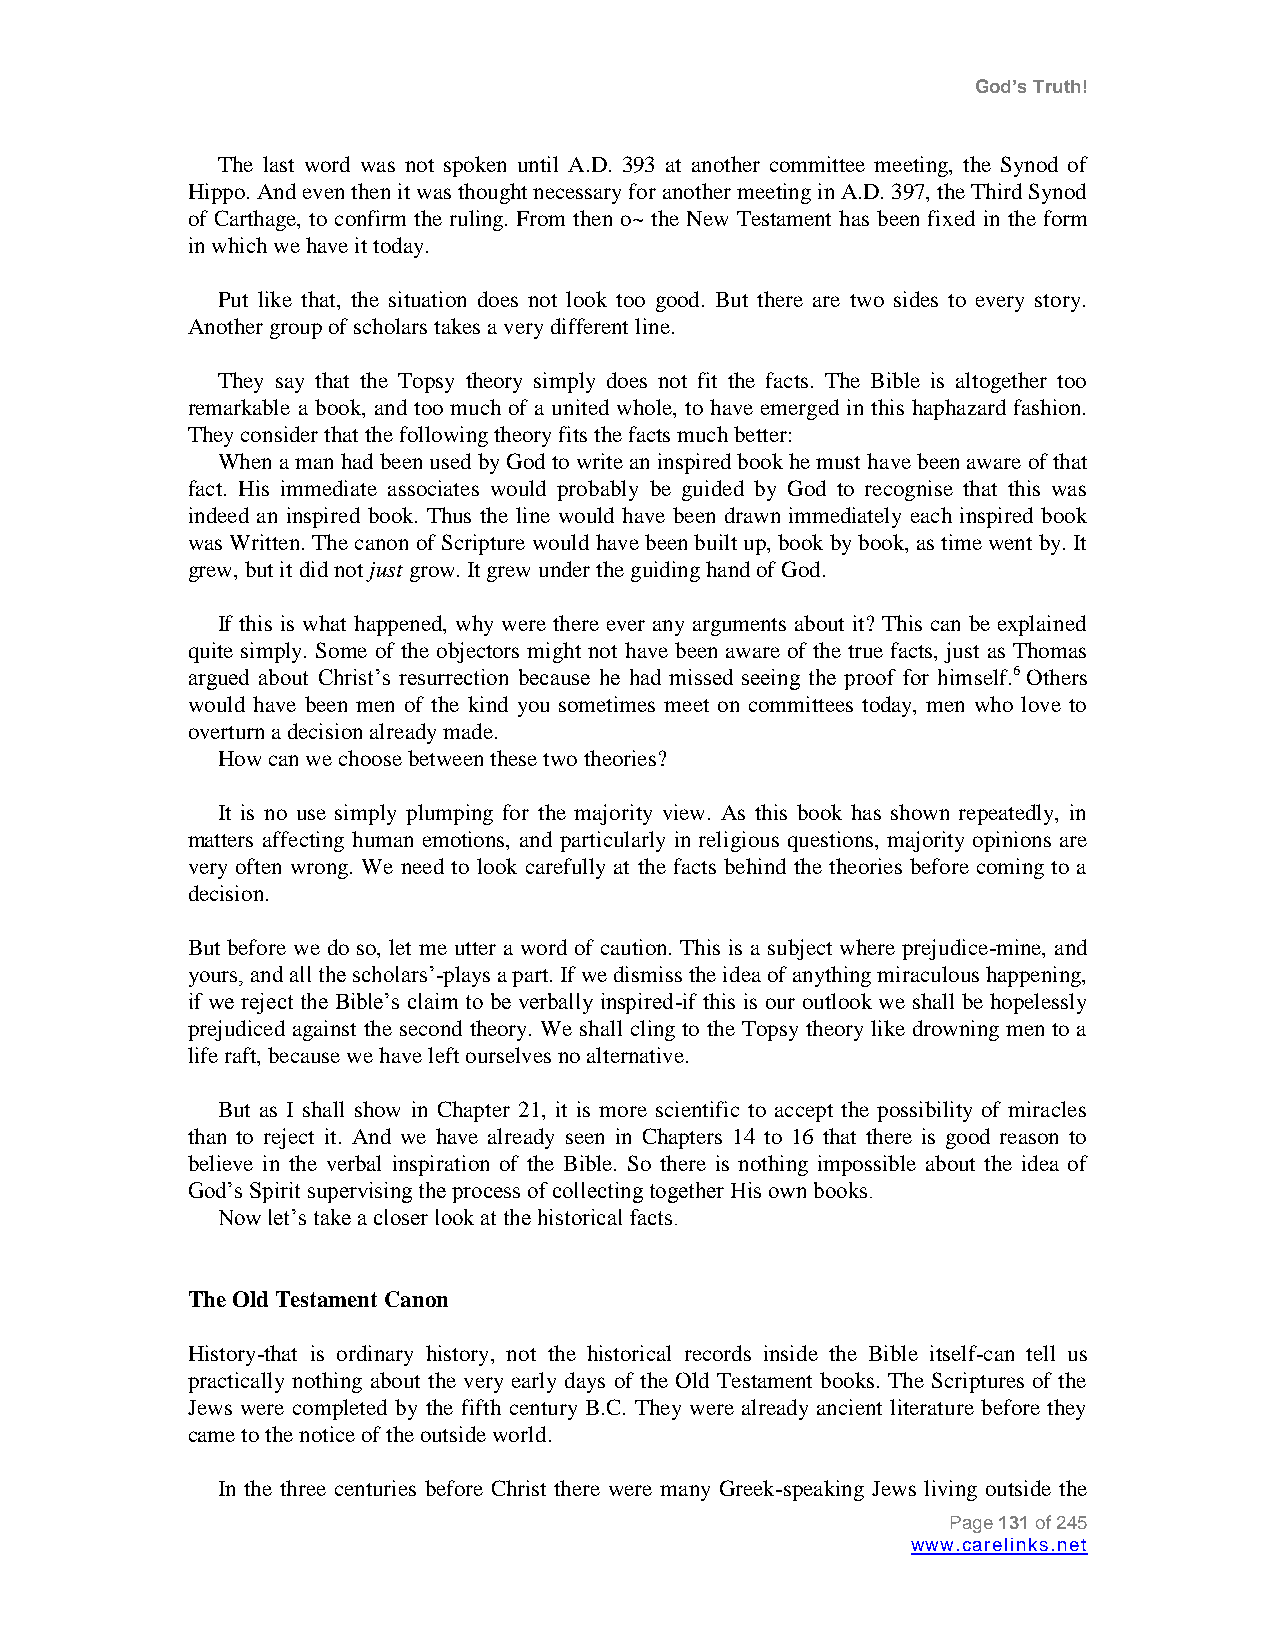
God’s Truth!
 The last word was not spoken until A.D. 393 at another committee meeting, the Synod of
 Hippo. And even then it was thought necessary for another meeting in A.D. 397, the Third Synod
 of Carthage, to confirm the ruling. From then o~ the New Testament has been fixed in the form
 in which we have it today.
 Put like that, the situation does not look too good. But there are two sides to every story.
 Another group of scholars takes a very different line.
 They say that the Topsy theory simply does not fit the facts. The Bible is altogether too
 remarkable a book, and too much of a united whole, to have emerged in this haphazard fashion.
 They consider that the following theory fits the facts much better:
 When a man had been used by God to write an inspired book he must have been aware of that
 fact. His immediate associates would probably be guided by God to recognise that this was
 indeed an inspired book. Thus the line would have been drawn immediately each inspired book
 was Written. The canon of Scripture would have been built up, book by book, as time went by. It
 grew, but it did not just grow. It grew under the guiding hand of God.
 If this is what happened, why were there ever any arguments about it? This can be explained
 quite simply. Some of the objectors might not have been aware of the true facts, just as Thomas
 argued about Christ‟s resurrection because he had missed seeing the proof for himself.6 Others
 would have been men of the kind you sometimes meet on committees today, men who love to
 overturn a decision already made.
 How can we choose between these two theories?
 It is no use simply plumping for the majority view. As this book has shown repeatedly, in
 matters affecting human emotions, and particularly in religious questions, majority opinions are
 very often wrong. We need to look carefully at the facts behind the theories before coming to a
 decision.
 But before we do so, let me utter a word of caution. This is a subject where prejudice-mine, and
 yours, and all the scholars‟-plays a part. If we dismiss the idea of anything miraculous happening,
 if we reject the Bible‟s claim to be verbally inspired-if this is our outlook we shall be hopelessly
 prejudiced against the second theory. We shall cling to the Topsy theory like drowning men to a
 life raft, because we have left ourselves no alternative.
 But as I shall show in Chapter 21, it is more scientific to accept the possibility of miracles
 than to reject it. And we have already seen in Chapters 14 to 16 that there is good reason to
 believe in the verbal inspiration of the Bible. So there is nothing impossible about the idea of
 God‟s Spirit supervising the process of collecting together His own books.
 Now let‟s take a closer look at the historical facts.
 The Old Testament Canon
 History-that is ordinary history, not the historical records inside the Bible itself-can tell us
 practically nothing about the very early days of the Old Testament books. The Scriptures of the
 Jews were completed by the fifth century B.C. They were already ancient literature before they
 came to the notice of the outside world.
 In the three centuries before Christ there were many Greek-speaking Jews living outside the
 Page 131 of 245
 www.carelinks.net